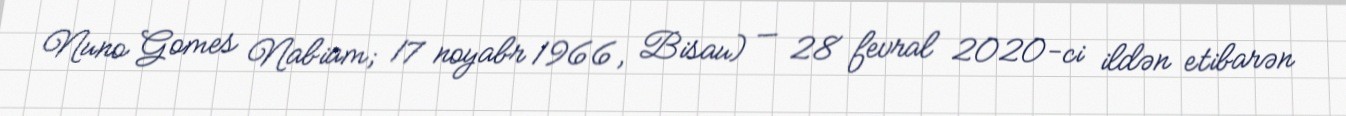
Nuno Gomes Nabiam; 17 noyabr 1966, Bisau) — 28 fevral 2020-ci ildən etibarən